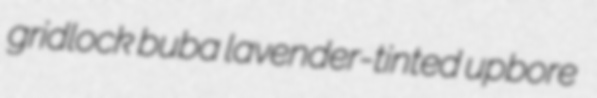
gridlock buba lavender-tinted upbore